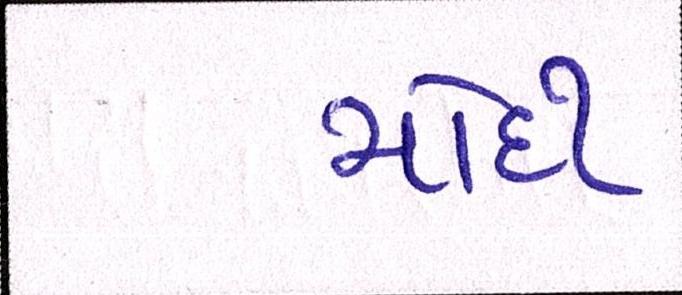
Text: મોદી